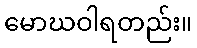
မောဃဝါရတည်း။